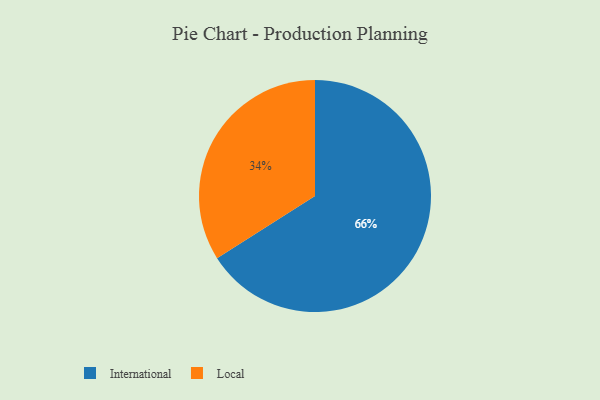
{"axis": {"x": "Category", "y": "Percentage"}, "legend": ["International", "Local"], "data": [{"x": "Local", "y": 34, "type": "Local"}, {"x": "International", "y": 66, "type": "International"}]}